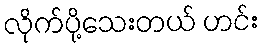
လိုက်ပို့သေးတယ် ဟင်း